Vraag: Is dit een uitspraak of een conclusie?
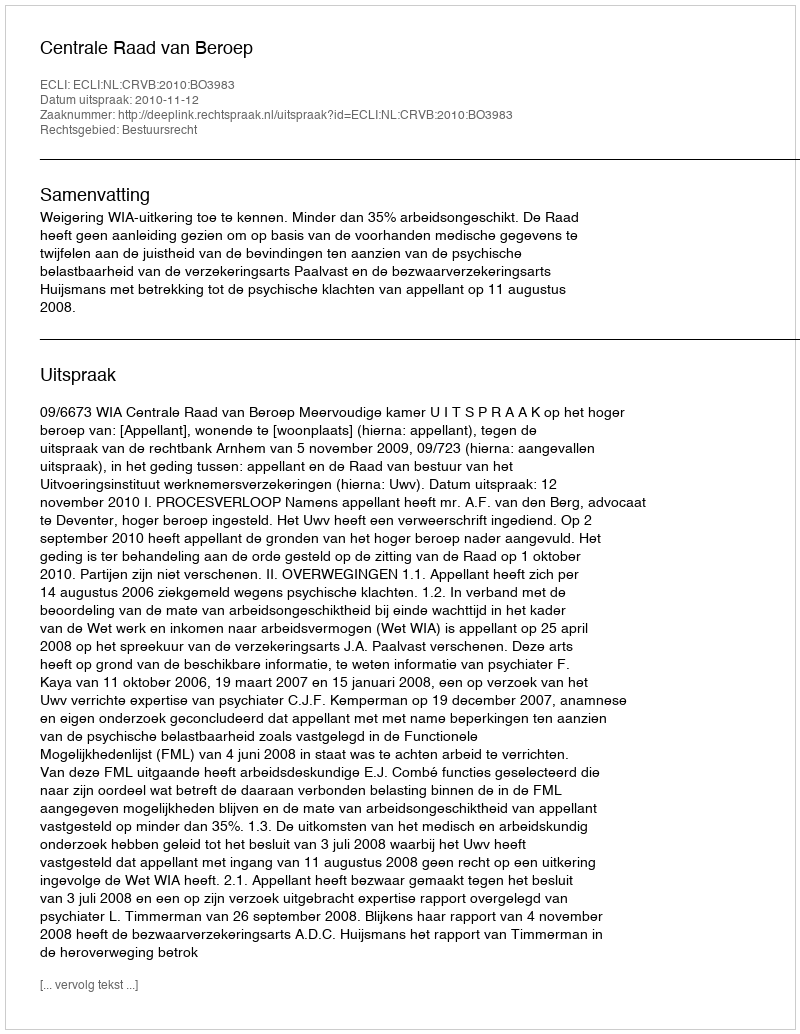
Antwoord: Uitspraak